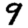
Digit: 9